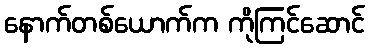
နောက်တစ်ယောက်က ကိုကြင်ဆောင်